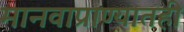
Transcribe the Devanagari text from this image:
मानवाप्राण्यातही